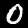
Digit: 0